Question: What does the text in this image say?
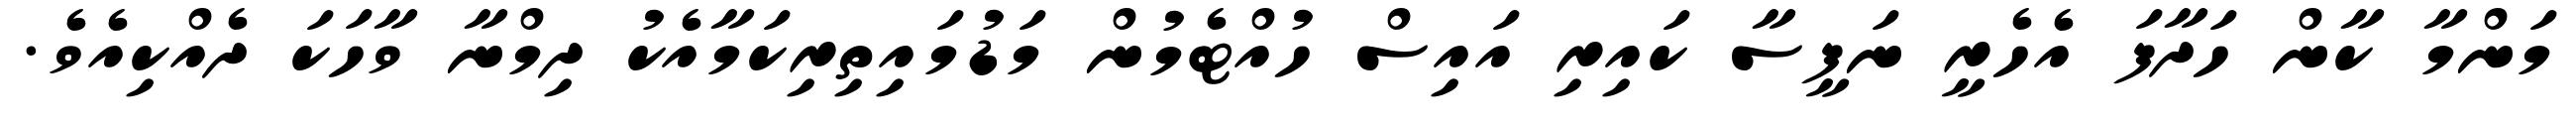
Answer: މަންމާ ކާން ހަދާފަ އެހެރީ ނަފީސާ ކައިރި އައިސް ހުއްޓެމުން މަޑުމައިތިރިކަމާއެކު ދިމްނާ ވާހަކަ ދެއްކިއެވެ.